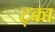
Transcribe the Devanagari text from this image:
ट्का